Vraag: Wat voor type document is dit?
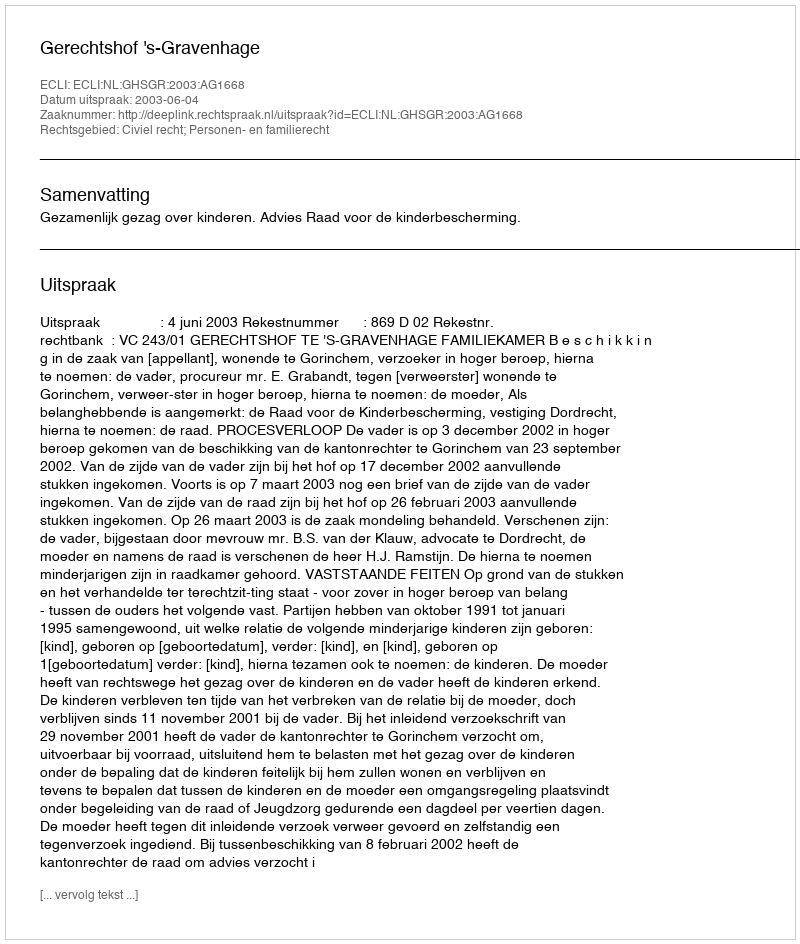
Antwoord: Uitspraak